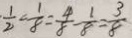
\frac { 1 } { 2 } = \frac { 1 } { 8 } = \frac { 4 } { 8 } - \frac { 1 } { 8 } = \frac { 3 } { 8 }